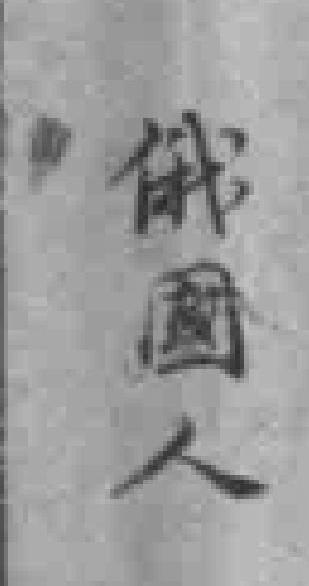
俄國人